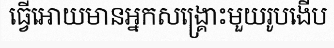
ធ្វើអោយមានអ្នកសង្គ្រោះមួយរូបងើប